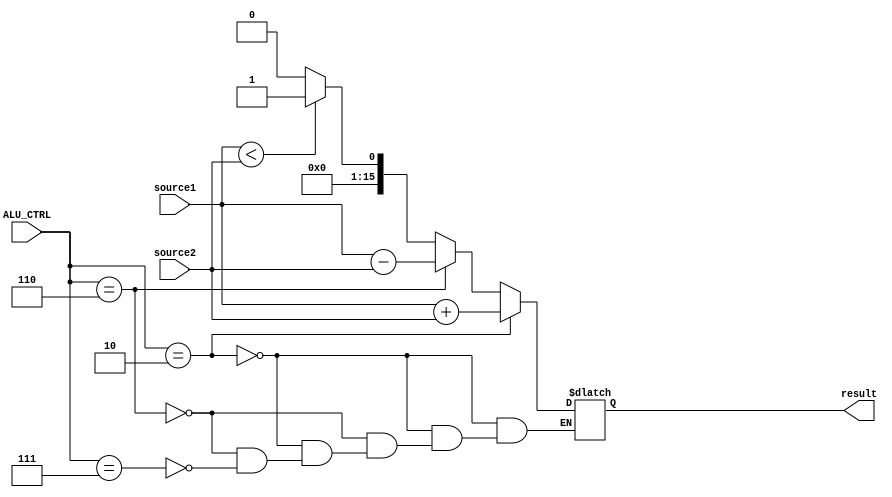
`timescale 1ns / 1ps

module ALU( source1,source2,ALU_CTRL,result);
    input [15:0] source1;
    input [15:0] source2;
    input [3:0] ALU_CTRL;
    output [15:0] result;
	
    reg [15:0] result; 
    /* add your design */  
    // source1 or source2 or ALU_CTRL

    always @(source1 or source2 or ALU_CTRL)
    begin 
       if(ALU_CTRL[3:0] == 4'b0010)
       begin
          result = source1 + source2;
       end

       else if(ALU_CTRL[3:0] == 4'b0110)
       begin
         result = source1 - source2;
       end

       else if(ALU_CTRL[3:0] == 4'b0111)
       begin
          if(source1 < source2)
          begin
                result = 1;
          end
          else
          begin
                result = 0;
          end
       end
    end	


	

endmodule